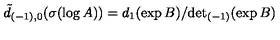
\tilde { d } _ { ( - 1 ) , 0 } ( \sigma ( \log A ) ) = d _ { 1 } ( \exp B ) / { \det } _ { ( - 1 ) } ( \exp B )